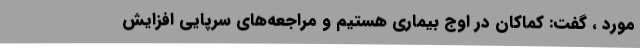
مورد ، گفت: کماکان در اوج بیماری هستیم و مراجعه‌های سرپایی افزایش